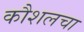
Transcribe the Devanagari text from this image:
कौशलचा